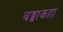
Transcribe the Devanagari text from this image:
बड्डाकहा